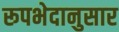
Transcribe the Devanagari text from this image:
रूपभेदानुसार